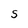
Character: S